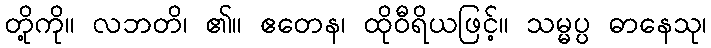
တို့ကို။ လဘတိ၊ ၏။ ဧတေန၊ ထိုဝီရိယဖြင့်။ သမ္မပ္ပ ဓာနေသု၊